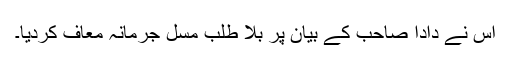
اس نے دادا صاحب کے بیان پر بلا طلب مسل جرمانہ معاف کردیا۔